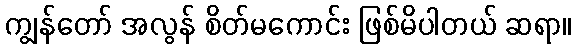
ကျွန်တော် အလွန် စိတ်မကောင်း ဖြစ်မိပါတယ် ဆရာ။